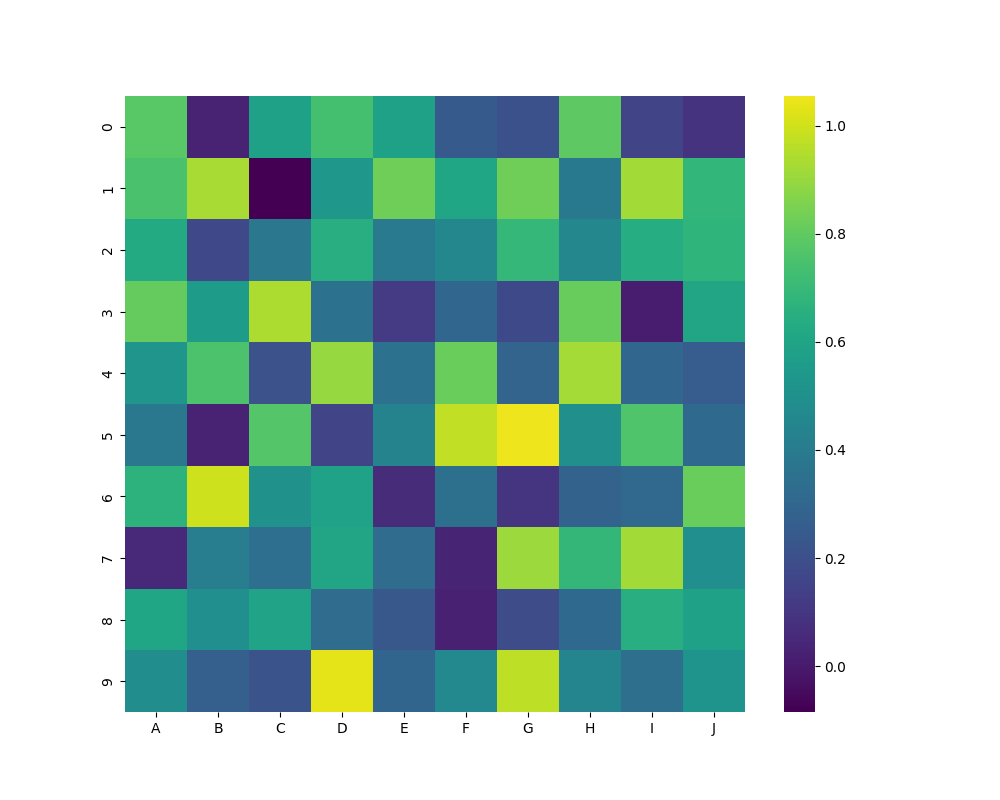
python, seaborn, heatmap, cmap='viridis', linewidths=0.0, center=0.5